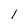
Character: l